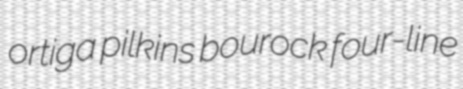
ortiga pilkins bourock four-line